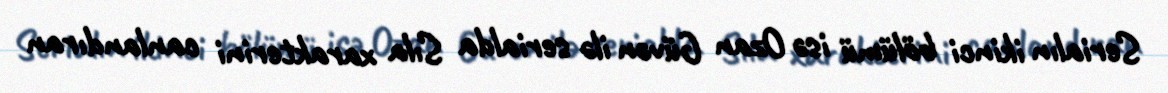
Serialın ikinci bölümü isə Ozan Güvən ilə serialda Sıla xarakterini canlandıran